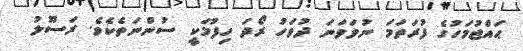
ޙައްޖުމަހުގެ ފުރަތަމަ ނުވަވަނަ ދުވަހު ރޯދަ ހިފުމަކީ ސުންނަތެކެވެ. ރަސޫލު